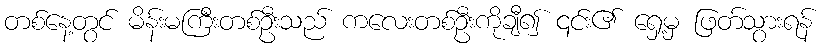
တစ်နေ့တွင် မိန်းမကြီးတစ်ဦးသည် ကလေးတစ်ဦးကိုချီ၍ ၎င်း၏ ရှေ့မှ ဖြတ်သွားရန်